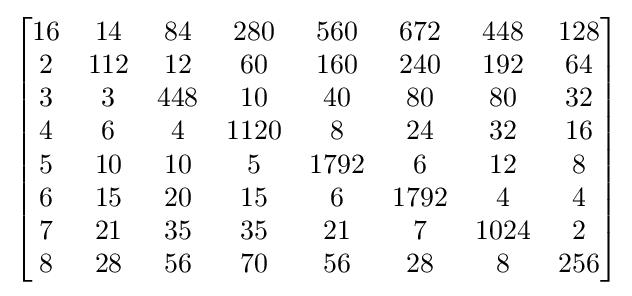
{\begin{bmatrix}{\begin{matrix}16&14&84&280&560&672&448&128\\2&112&12&60&160&240&192&64\\3&3&448&10&40&80&80&32\\4&6&4&1120&8&24&32&16\\5&10&10&5&1792&6&12&8\\6&15&20&15&6&1792&4&4\\7&21&35&35&21&7&1024&2\\8&28&56&70&56&28&8&256\end{matrix}}\end{bmatrix}}